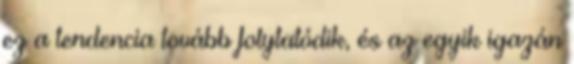
ez a tendencia tovább folytatódik, és az egyik igazán